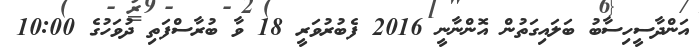
އަންދާސީހިސާބު ބަލައިގަތުން އޮންނާނީ 2016 ފެބުރުވަރީ 18 ވާ ބުރާސްފަތި ދުވަހުގެ 10:00